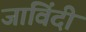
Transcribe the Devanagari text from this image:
जाविंदी